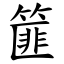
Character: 篚